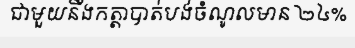
ជាមួយនឹងកត្តាបាត់បង់ចំណូលមាន ២៤%